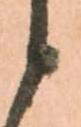
候